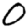
Digit: 0